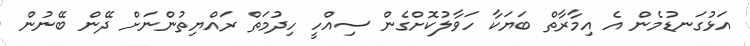
އަޅުގަނޑުމެން އެ އިމާރާތް ބަޔަކާ ހަވާލުކޮށްގެން ސިއްހީ ހިދުމަތް ރައްޔިތުންނަށް ދޭން ބޭނުން